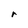
Character: r